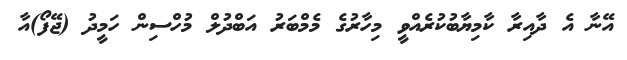
އޭނާ އެ ދާއިރާ ކާމިޔާބުކުރެއްވީ މިހާރުގެ މެމްބަރު އަބްދުލް މުހްސިން ހަމީދު (ޖޭފޯ)އާ